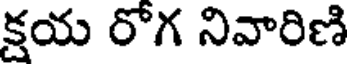
క్షయ రోగ నివారిణి